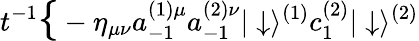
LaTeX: t^{-1}\mathrm{\Large{\{ }}-\eta_{\mu\nu}a_{-1}^{(1)\mu}a_{-1}^{(2)\nu}|\downarrow\rangle^{(1)}c_{1}^{(2)}|\downarrow\rangle^{(2)}